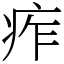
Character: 痄